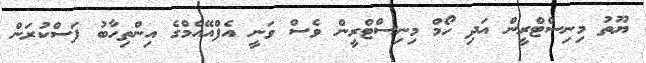
ޔޫތު މިނިސްޓްރީން އަދި ހޯމް މިނިސްޓްރީން ވެސް ވަނީ އެފްއޭއެމްގެ އިންތިހާބު ފަސްކުރަން